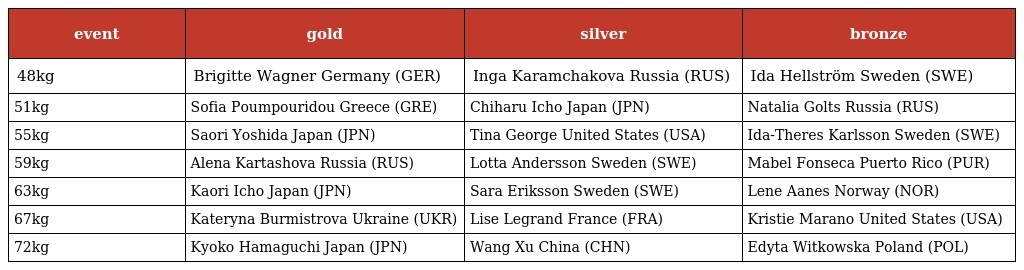
| event | gold | silver | bronze |
 | --- | --- | --- | --- |
 | 48kg | Brigitte Wagner Germany (GER) | Inga Karamchakova Russia (RUS) | Ida Hellström Sweden (SWE) |
 | 51kg | Sofia Poumpouridou Greece (GRE) | Chiharu Icho Japan (JPN) | Natalia Golts Russia (RUS) |
 | 55kg | Saori Yoshida Japan (JPN) | Tina George United States (USA) | Ida-Theres Karlsson Sweden (SWE) |
 | 59kg | Alena Kartashova Russia (RUS) | Lotta Andersson Sweden (SWE) | Mabel Fonseca Puerto Rico (PUR) |
 | 63kg | Kaori Icho Japan (JPN) | Sara Eriksson Sweden (SWE) | Lene Aanes Norway (NOR) |
 | 67kg | Kateryna Burmistrova Ukraine (UKR) | Lise Legrand France (FRA) | Kristie Marano United States (USA) |
 | 72kg | Kyoko Hamaguchi Japan (JPN) | Wang Xu China (CHN) | Edyta Witkowska Poland (POL) |